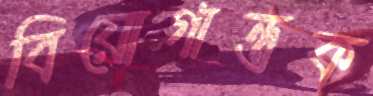
বিয়োগান্তক